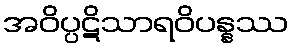
အဝိပ္ပဋိသာရဝိပန္နဿ